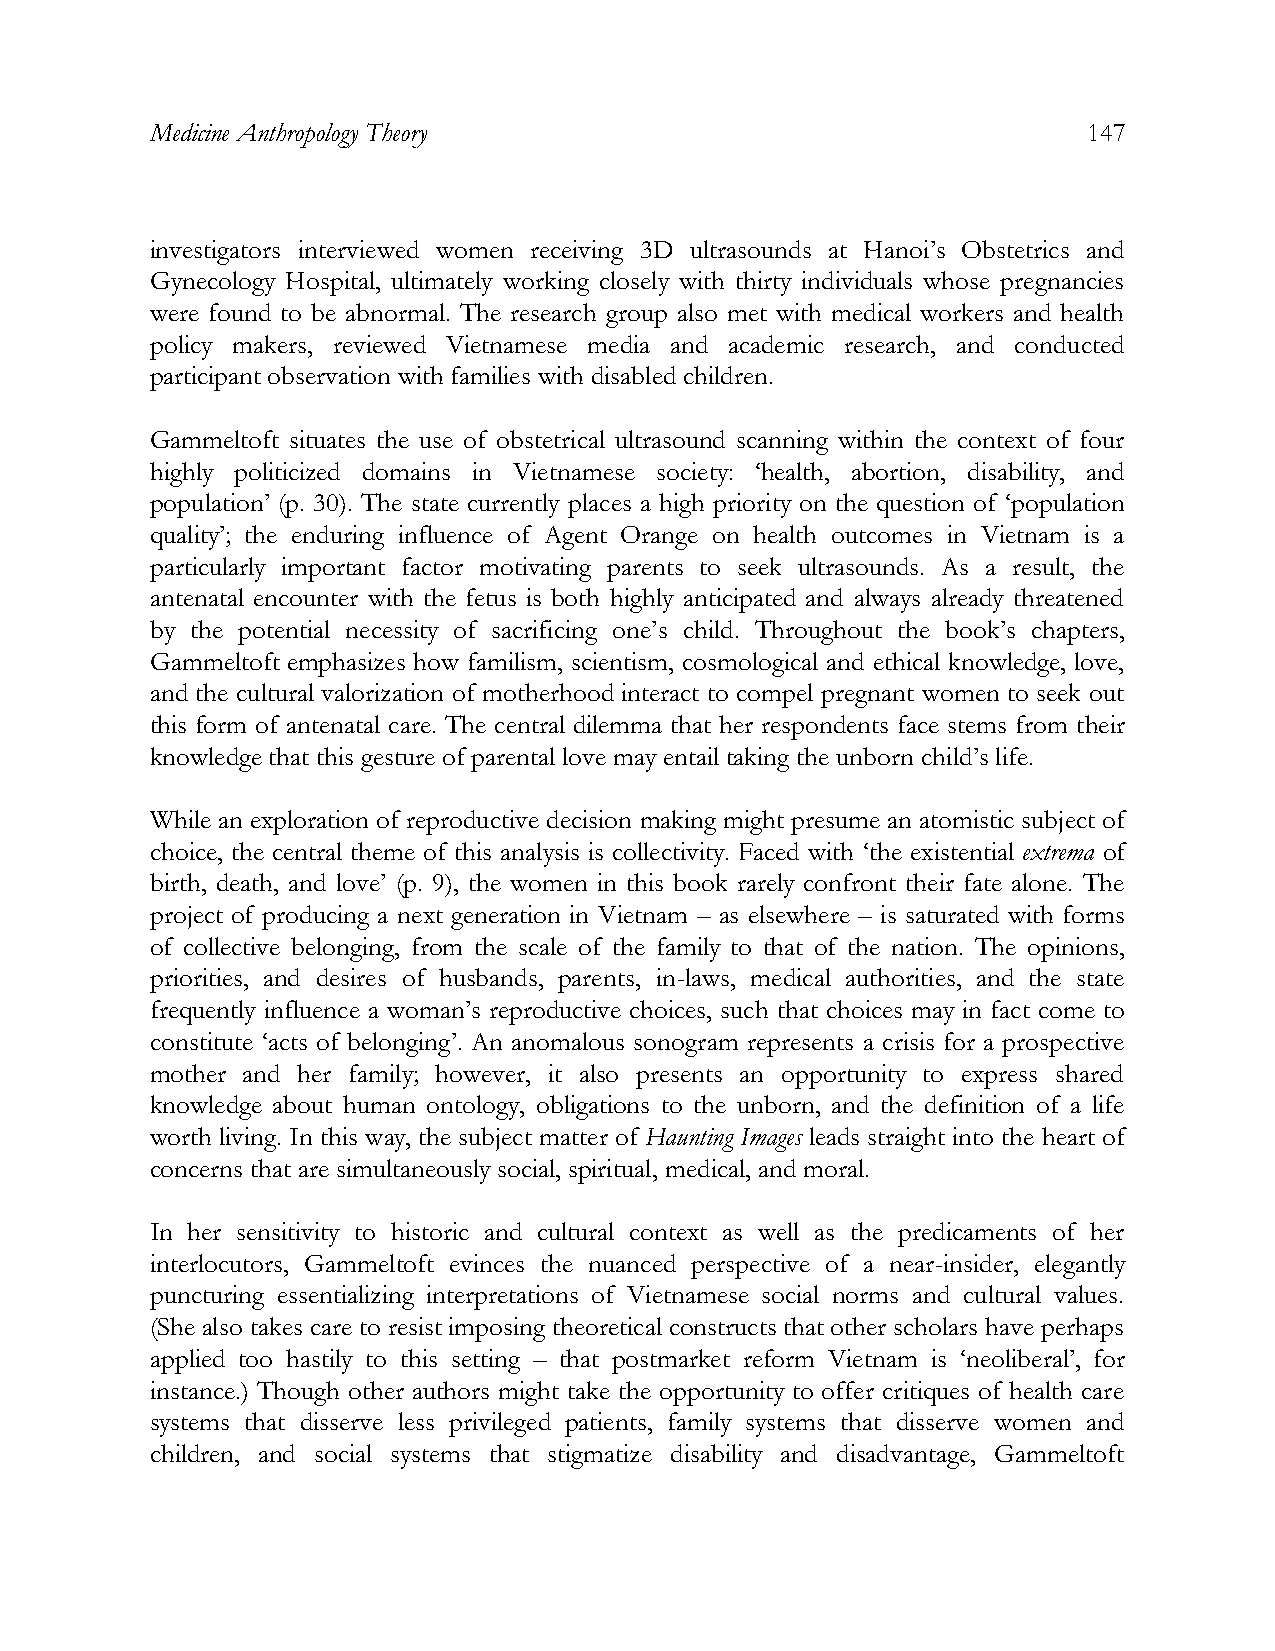
Medicine Anthropology Theory                                  147
 investigators interviewed women receiving 3D ultrasounds at Hanoi’s Obstetrics and
 Gynecology Hospital, ultimately working closely with thirty individuals whose pregnancies
 were found to be abnormal. The research group also met with medical workers and health
 policy makers, reviewed Vietnamese media and academic research, and conducted
 participant observation with families with disabled children.
 Gammeltoft situates the use of obstetrical ultrasound scanning within the context of four
 highly politicized domains in Vietnamese society: ‘health, abortion, disability, and
 population’ (p. 30). The state currently places a high priority on the question of ‘population
 quality’; the enduring influence of Agent Orange on health outcomes in Vietnam is a
 particularly important factor motivating parents to seek ultrasounds. As a result, the
 antenatal encounter with the fetus is both highly anticipated and always already threatened
 by the potential necessity of sacrificing one’s child. Throughout the book’s chapters,
 Gammeltoft emphasizes how familism, scientism, cosmological and ethical knowledge, love,
 and the cultural valorization of motherhood interact to compel pregnant women to seek out
 this form of antenatal care. The central dilemma that her respondents face stems from their
 knowledge that this gesture of parental love may entail taking the unborn child’s life.
 While an exploration of reproductive decision making might presume an atomistic subject of
 choice, the central theme of this analysis is collectivity. Faced with ‘the existential extrema of
 birth, death, and love’ (p. 9), the women in this book rarely confront their fate alone. The
 project of producing a next generation in Vietnam – as elsewhere – is saturated with forms
 of collective belonging, from the scale of the family to that of the nation. The opinions,
 priorities, and desires of husbands, parents, in-laws, medical authorities, and the state
 frequently influence a woman’s reproductive choices, such that choices may in fact come to
 constitute ‘acts of belonging’. An anomalous sonogram represents a crisis for a prospective
 mother and her family; however, it also presents an opportunity to express shared
 knowledge about human ontology, obligations to the unborn, and the definition of a life
 worth living. In this way, the subject matter of Haunting Images leads straight into the heart of
 concerns that are simultaneously social, spiritual, medical, and moral.
 In her sensitivity to historic and cultural context as well as the predicaments of her
 interlocutors, Gammeltoft evinces the nuanced perspective of a near-insider, elegantly
 puncturing essentializing interpretations of Vietnamese social norms and cultural values.
 (She also takes care to resist imposing theoretical constructs that other scholars have perhaps
 applied too hastily to this setting – that postmarket reform Vietnam is ‘neoliberal’, for
 instance.) Though other authors might take the opportunity to offer critiques of health care
 systems that disserve less privileged patients, family systems that disserve women and
 children, and social systems that stigmatize disability and disadvantage, Gammeltoft